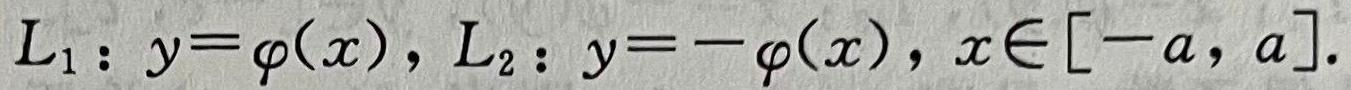
$L_1: y = \varphi(x), L_2: y = -\varphi(x), x\in[-a, a].$